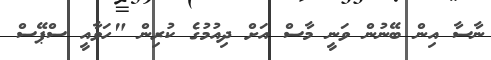
ނާސާ އިން ބޭނުން ވަނީ މާސް އަށް ދިއުމުގެ ކުރިން "ހަވާއީ ސްޕޭސް